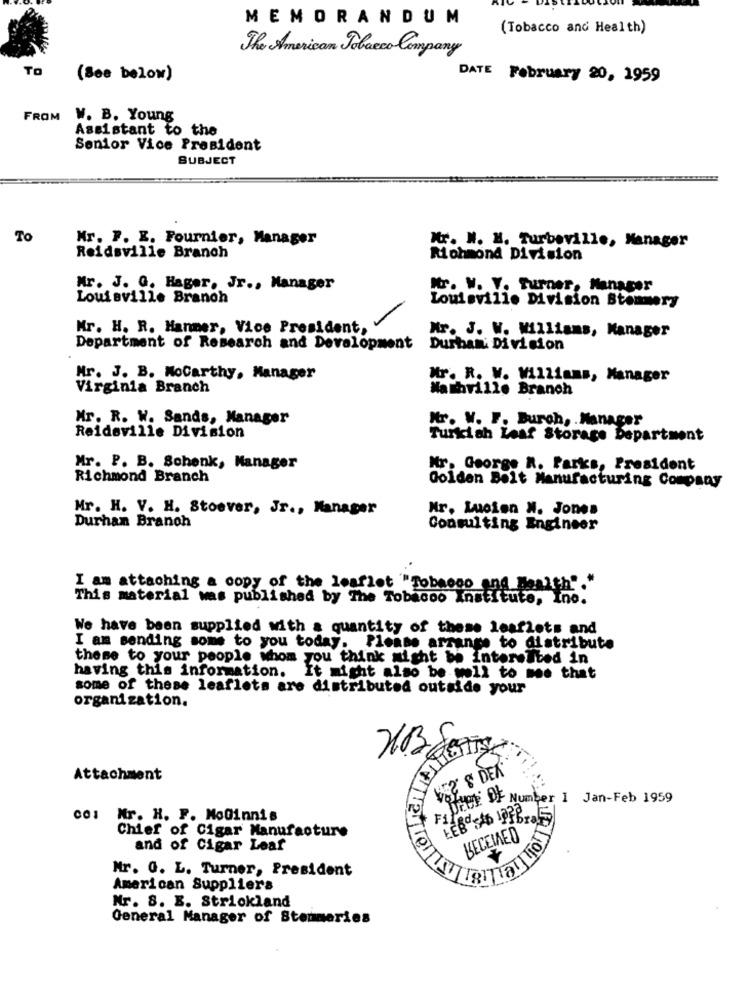
MEMORANDUM
(Tobacco and Health)
The American Tobacco Company
TO
(See below)
DATE February 20, 1959
FROM
W. B. Young
Assistant to the
Senior Vice President
SUBJECT
To
Mr. F. E. Fournier, Manager
Mr. W. H. Turbeville, Manager
Reidsville Branch
Richmond Division
Mr. J. G. Hager, Jr ., Manager
Mr. W. Y. Turner, Manager
Louisville Branch
Louisville Division Stemmery
Mr. H. R. Hanmer, Vice President,
Mr. J. W. Williams, Manager
Department of Research and Development
Durban' Division
Mr. J. B. NoCarthy, Manager
Mr. R. W. Williams, Manager
Virginia Branch
Na Thrille Branch
Mr. R. W. Sands, Manager
Mr. W. F. Burch, . Manager
Reidsville Division
Turkish Leaf Storage Department
Mr. P. B. Schenk, Manager
Nr. George R. Parks, President
Richmond Branch
Golden Belt Manufacturing Company
Mr. H. V. H. Stoever, Jr ., Manager
Mr. Lucien N. Jones
Durhan Branch
Consulting Engineer
I am attaching a copy of the leaflet "Tobacco and Health"."
This material was published by The Tobacco Institute, Ino.
We have been supplied with a quantity of these leaflets and
I am sending some to you today. Please arrange to distribute
these to your people whom you think might be Interested in
having this information.
It might also be well to moe that
some of these leaflets are distributed outside your
organization.
2 8 DEK
Attachment
Other OF Number 1 Jan-Feb 1959
col Nr. H. F. MoGinnis
FI
Chief of Cigar Manufacture
LECEIAED
and of Cigar Leaf
Mr. G. L. Turner, President
American Suppliers
Nr. 8. E. Strickland
General Manager of Stemmeries